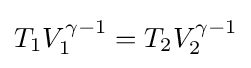
T_{1}V_{1}^{\gamma -1}=T_{2}V_{2}^{\gamma -1}